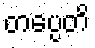
တပ္ပေတိ